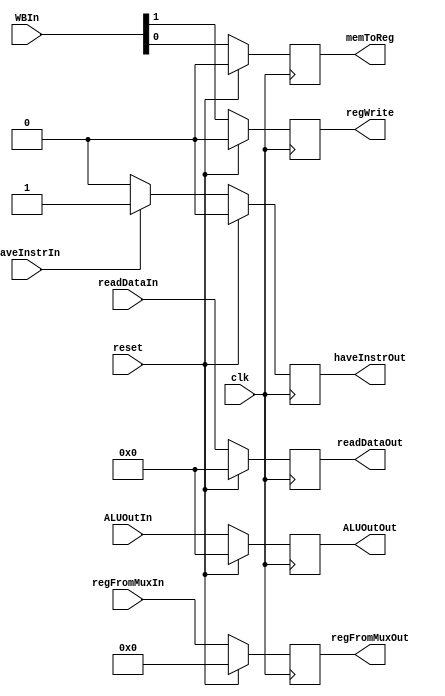
// PIPELINED
// Fourth pipeline register: MEM_WB
// Total size (in bits): 64

module mem_wb (haveInstrIn, haveInstrOut, clk, reset, readDataIn, ALUOutIn, regFromMuxIn, WBIn,
    readDataOut, ALUOutOut, regFromMuxOut, regWrite, memToReg);

    // Input wires;
    input clk, reset, haveInstrIn;
    input [31:0] readDataIn, ALUOutIn;
    input [4:0] regFromMuxIn;
    input [1:0] WBIn;

    // Output regs;
    output reg [31:0] readDataOut, ALUOutOut;
    output reg [4:0] regFromMuxOut;
    output reg regWrite, memToReg;
    output reg haveInstrOut;

    // Copying data from the entries to the module's output registers when negedge is happening;
    always @(negedge clk) begin
        if (reset) begin
            readDataOut <= 32'b0;
            ALUOutOut <= 32'b0;
            regFromMuxOut <= 5'b0;
            regWrite <= 1'b0;
            memToReg <= 1'b0;
            haveInstrOut <= 1'b0;
        end
        else begin
            if (haveInstrIn) begin
                haveInstrOut <= 1'b1;
            end
            else begin
                haveInstrOut <= 1'b0;
            end
            readDataOut <= readDataIn;
            ALUOutOut <= ALUOutIn;
            regFromMuxOut <= regFromMuxIn;
            regWrite <= WBIn[1];
            memToReg <= WBIn[0];
        end
    end
endmodule